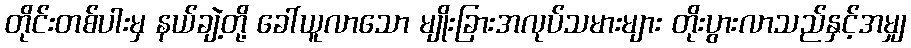
တိုင်းတစ်ပါးမှ နယ်ချဲ့တို့ ခေါ်ယူလာသော မျိုးခြားအလုပ်သမားများ တိုးပွားလာသည်နှင့်အမျှ